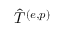
\hat { T } ^ { ( e , p ) }